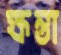
ক্ষন্তা